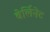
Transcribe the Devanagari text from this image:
बेर्लिनेट